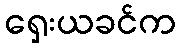
ရှေးယခင်က